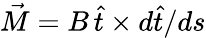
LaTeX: \vec{M}=B\, \hat{t}\times d\hat{t}/ds